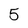
Character: 5